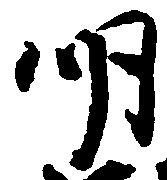
明